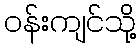
ဝန်းကျင်သို့